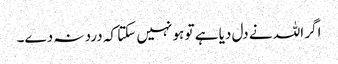
اگر اللہ نے دل دیا ہے تو ہو نہیں سکتا کہ درد نہ دے۔